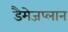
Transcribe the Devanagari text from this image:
डैमेजप्लान